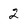
Character: 2